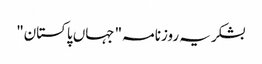
بشکریہ روزنامہ "جہاں پاکستان"